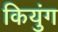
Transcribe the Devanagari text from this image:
कियुंग